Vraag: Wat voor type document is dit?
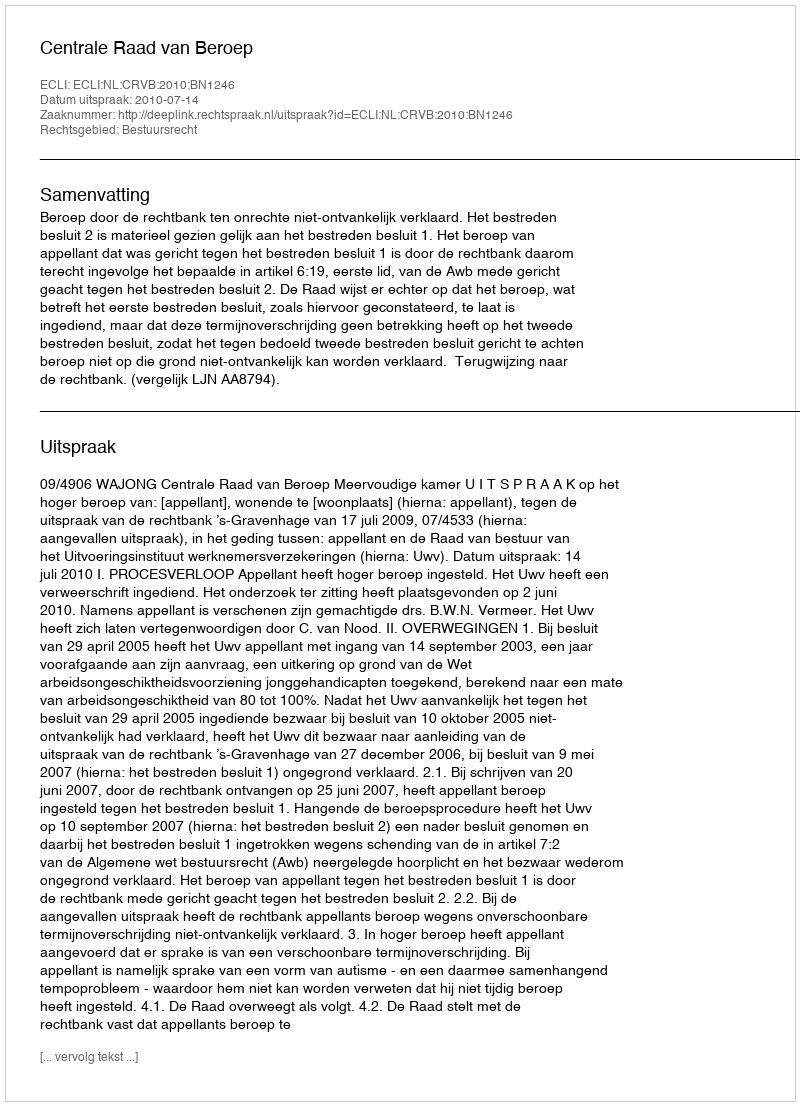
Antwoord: Uitspraak